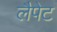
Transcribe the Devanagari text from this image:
लैपेट